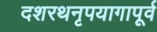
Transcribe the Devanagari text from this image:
दशरथनृपयागापूर्व